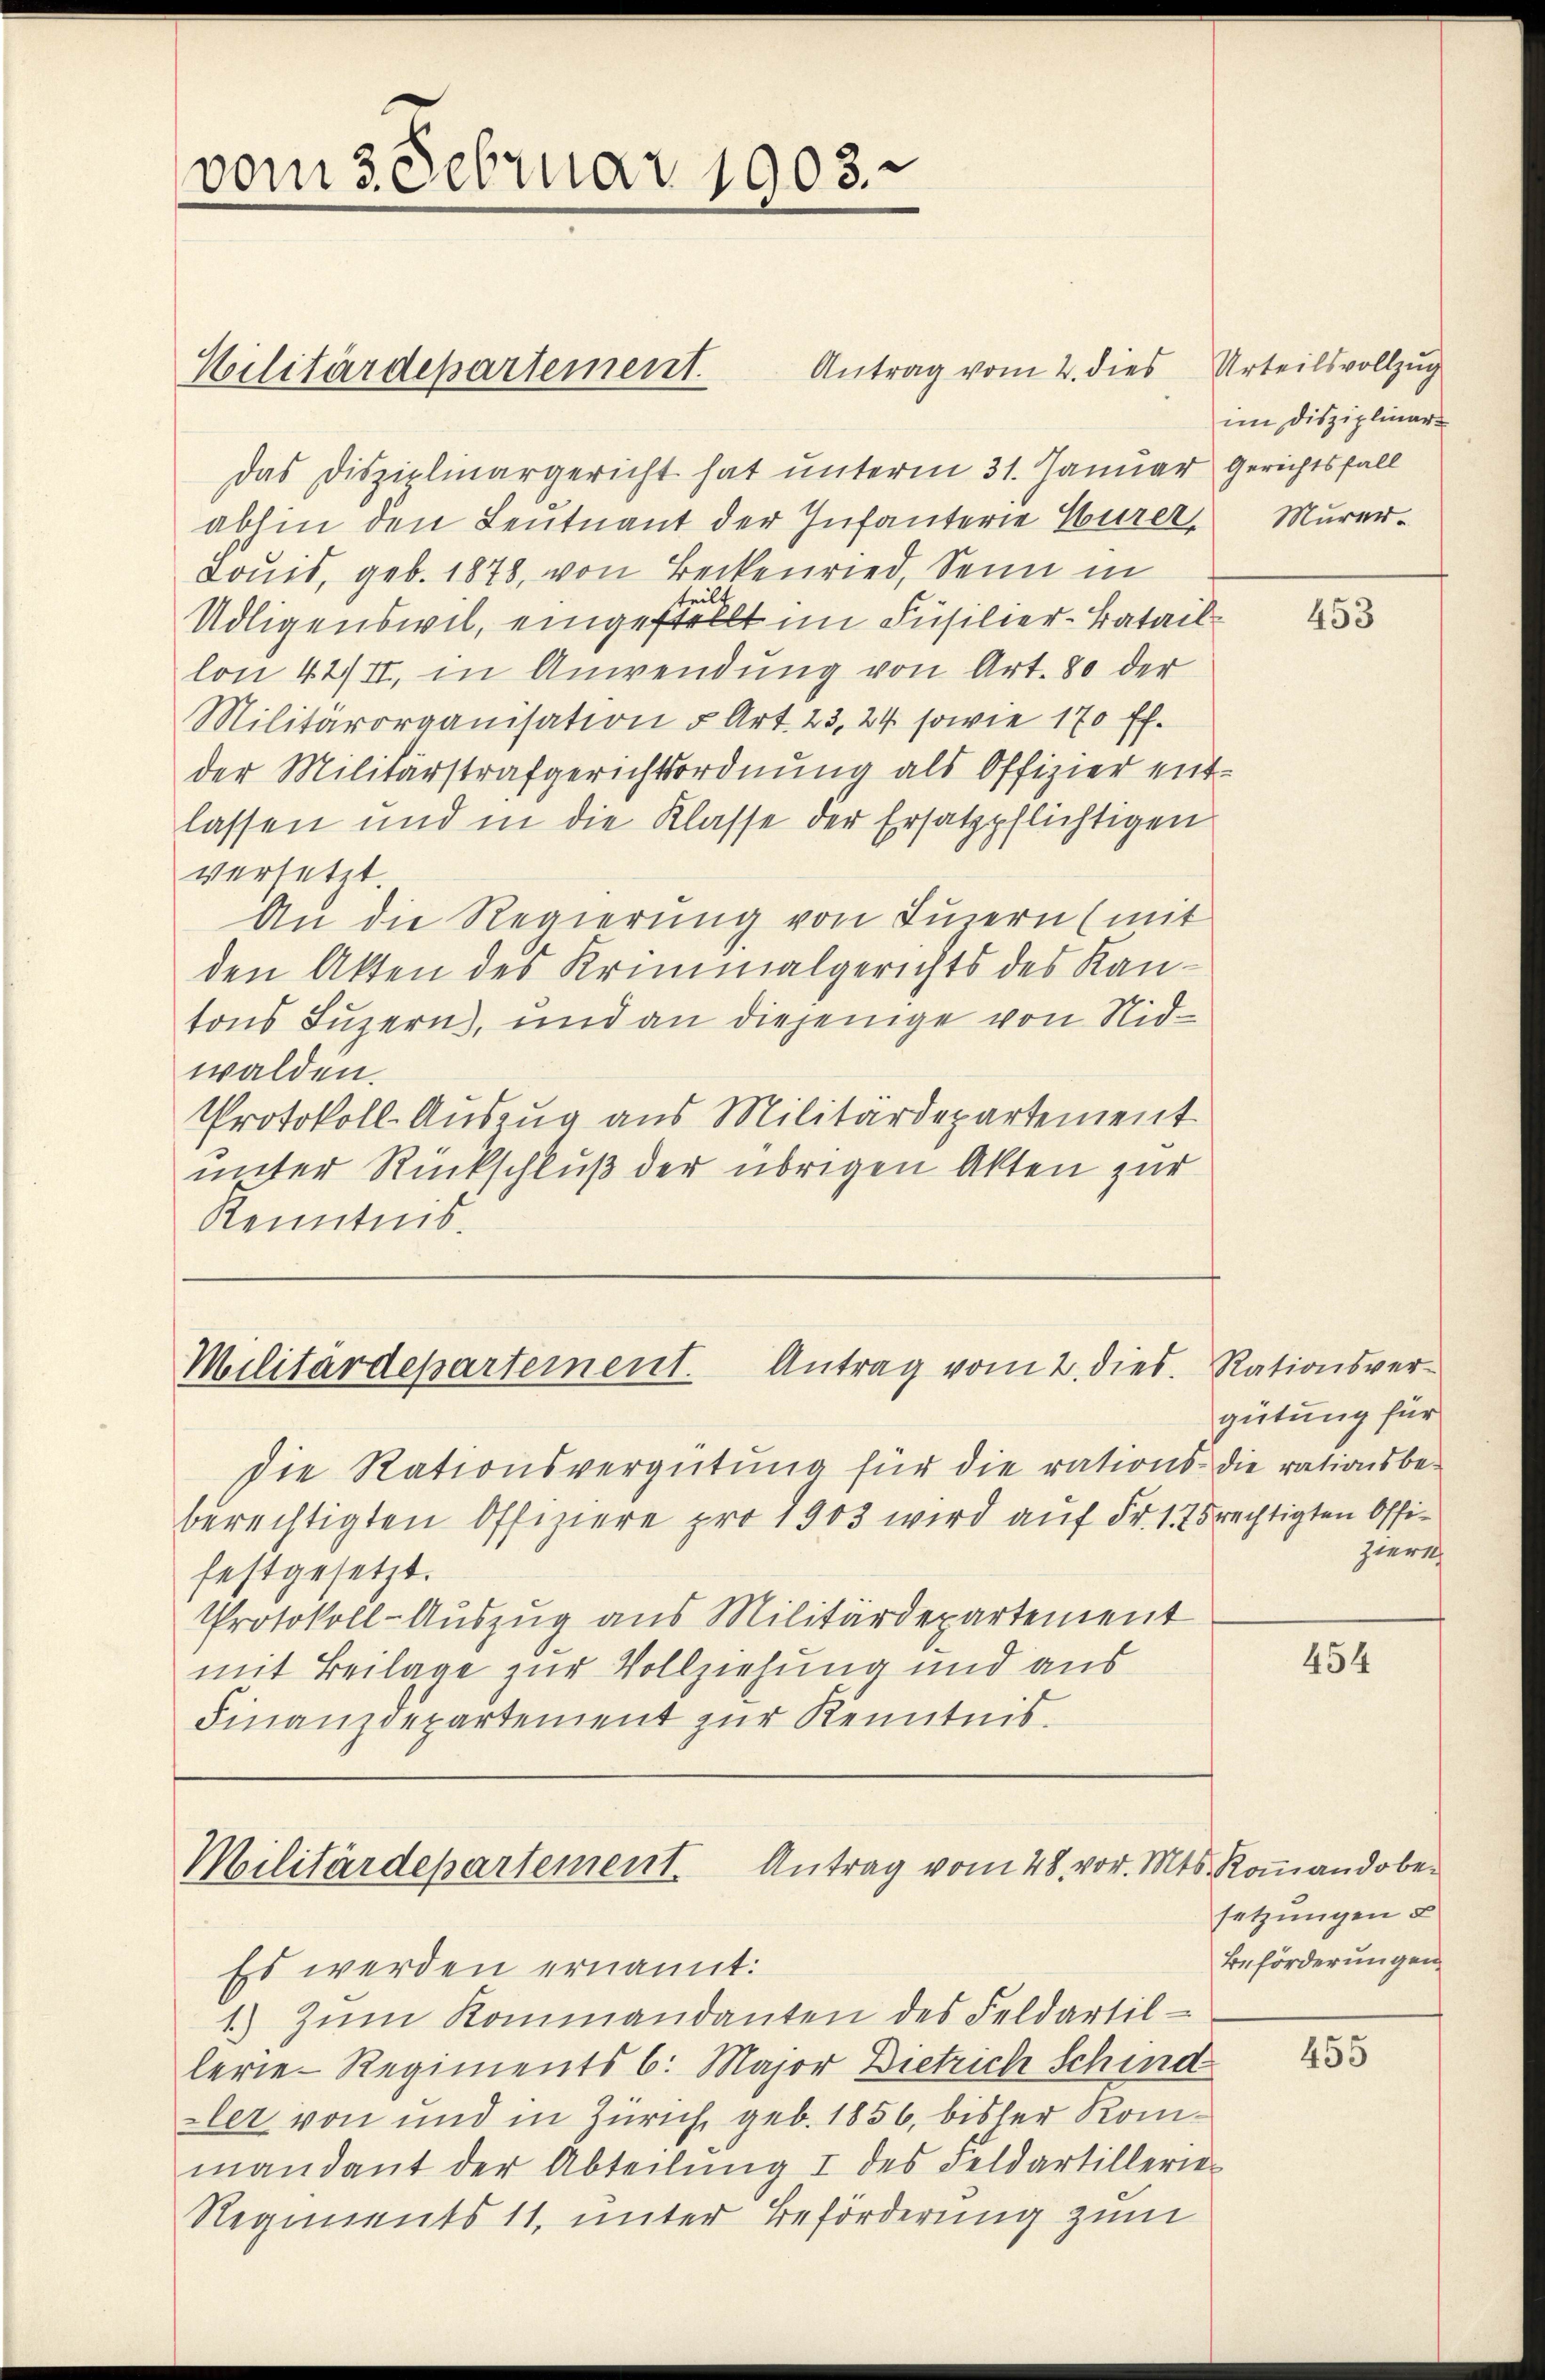
vom 3. Februar 1903.

Das Disziplinargericht hat unterm 31. Januar Gerichtsfall
abhin den Leutnant der Infanterie Eurer, Murer¬
Louis, geb. 1878, von Beckenried, Senn in
ter
Udligenswil, eingestellt im Füsilier-Bataillon 42/II, in Anwendung von Art. 80 der
Militärorganisation u. Art. 23, 24. sowie 170 ff.
der Militärstrafgerichtsordnung als Offizier entlassen und in die Klasse der Ersatzpflichtigen
versetzt.
An die Regierung von Einern (mit
den Akten des Kriminalgerichts des Kantons Luzern, und an diejenige von Nidwalden.
Protokoll- Auszug aus Militärdepartement
unter Rückschluß der übrigen Akten zur
Kenntnis.

Militärdepartement.

Antrag vom 2. dies Urteilsvollzug

Militärdepartement. Antrag vom 2. dies. Rationsver-

die Rationsvergütung für die rations- die rationsbeberechtigten Offiziere pro 1903 wird auf Fr. 175 rechtigten Offifestgesetzt.
Protokoll-Auszug aus Militärdepartement
mit Beilage zur Vollziehung und aus
Finanzdepartement zur Kenntnis.

im Disziplinar

Militärdepartement. Antrag vom 28. vor. Mts. Koṁandober
Es werden ernannt:

1) Zum Kommandanten des Feldartillerie-Regiments 6. Major Dietrich Schind
zler von und in Zürich, geb. 1856, bisher Kommandant der Abteilŭng I des Feldartilleries
Regiments 11. unter Beförderung zum

453

gütung für
ziert

454

setzungen u
Beförderungen

455